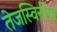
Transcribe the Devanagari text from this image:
तेजस्विनीचा